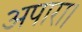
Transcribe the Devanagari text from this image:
अपारा।